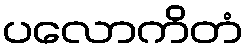
ပလောကိတံ